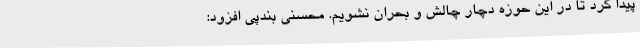
پیدا کرد تا در این حوزه دچار چالش و بحران نشویم. محسنی بندپی افزود: